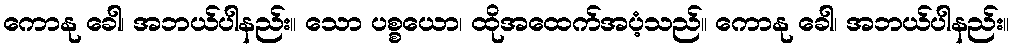
ကောနု ခေါ၊ အဘယ်ပါနည်း။ သော ပစ္စယော၊ ထိုအထေက်အပံ့သည်။ ကောနု ခေါ၊ အဘယ်ပါနည်း။